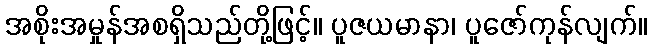
အစိုးအမှုန်အစရှိသည်တို့ဖြင့်။ ပူဇယမာနာ၊ ပူဇော်ကုန်လျက်။